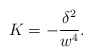
\begin{align*}K=-\frac{\delta^{2}}{w^{4}}. \end{align*}